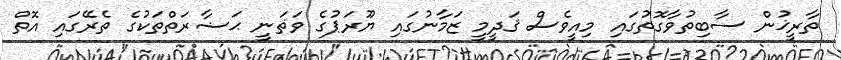
ތާރީޚުން ސާބިތުވާގޮތުގައި މިއީވެސް ޤަދީމީ ޒަމާނުގައި ޔޫރަޕުގެ ވަޡަނީ ޙަޟާރަތްތަކުގެ ތެރޭގައި އޮތް